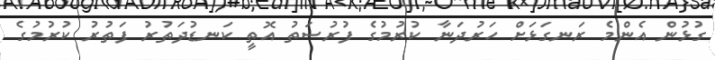
ގުޅުން އެންމެ ރަނގަޅަށް ހަރުދަނާ ކުރުމުގެ ފުރުސަތު އޮތީ ކަނޑުދަތުރު ފަތުރު ކުރުމުގެ